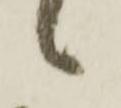
々